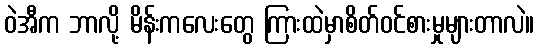
ဝဲအီက ဘာလို့ မိန်းကလေးတွေ ကြားထဲမှာစိတ်ဝင်စားမှုများတာလဲ။